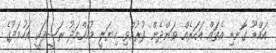
އައްޑޫ ގޮނޑި އެތައް އަހަރެއް ވަންދެން ފުރުއްވި ހިޔަލީ މުހައްމަދު ރަޝީދަކީ އަހުމަދުގެ